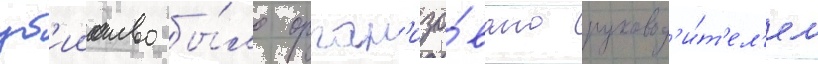
уб'ииство бы́ло орган'изо́вано руковод'и́т'ел'ем